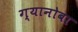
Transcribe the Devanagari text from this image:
ग्यानोबा